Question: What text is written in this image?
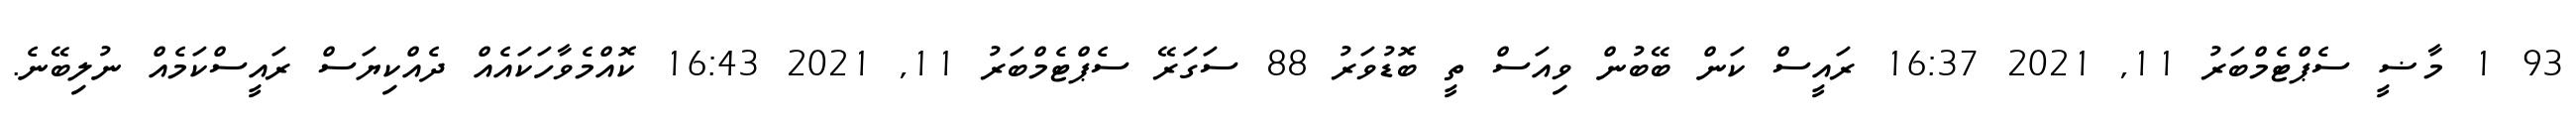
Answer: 93 1 މާޟީ ސެޕްޓެމްބަރު 11, 2021 16:37 ރައީސް ކަން ބޭބުން ވިއަސް ތީ ބޮޑުވަރު 88 ސަގަރޭ ސެޕްޓެމްބަރު 11, 2021 16:43 ކޮއްމެވާހަކައެއް ދެއްކިޔަސް ރައީސްކަމެއް ނުލިބޭނެ.